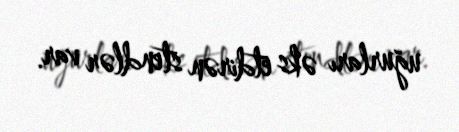
uğurları əks etdirən stendlər var.